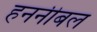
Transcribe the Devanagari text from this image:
हननीबल